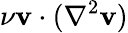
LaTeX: \nu\mathbf{v}\cdot(\nabla^{2}\mathbf{v})